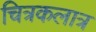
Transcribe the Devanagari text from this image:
चित्रकलात्र